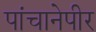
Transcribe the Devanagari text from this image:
पांचानेपीर